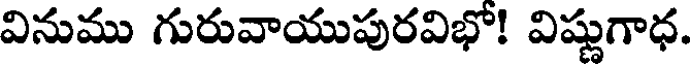
వినుము గురువాయుపురవిభో! విష్ణుగాధ.